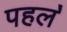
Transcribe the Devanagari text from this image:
पहल॓